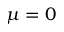
\mu = 0